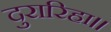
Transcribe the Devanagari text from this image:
दुरारिहा।।